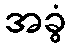
အခွံ